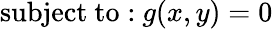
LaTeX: {\mathrm{subject~to:}}\ g(x,y)=0